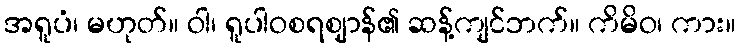
အရူပံ၊ မဟုတ်။ ဝါ၊ ရူပါဝစရဈာန်၏ ဆန့်ကျင်ဘက်။ ကိမိဝ၊ ကား။